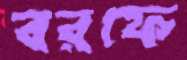
বরফে